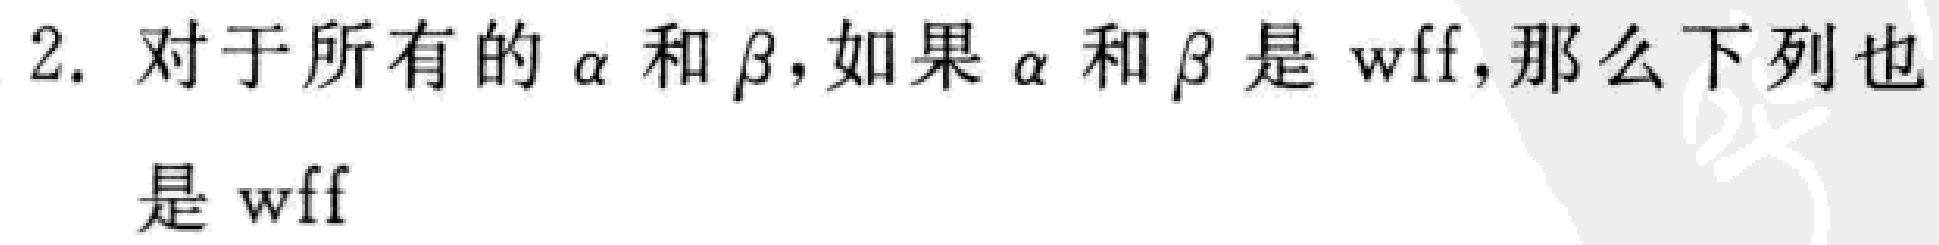
2. 对于所有的$\alpha$和$\beta$，如果$\alpha$和$\beta$是$\mathrm{wff}$，那么下列也是$\mathrm{wff}$